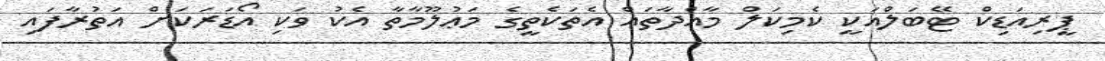
ޕީރިއަޑިކް ޓޭބަލްއަކީ ކެމިކަލް މާއްދާތައް އެތަކެތީގެ މަޢުލޫމާތާ އެކު ވަކި އޯޑަރަކަށް އަތުރާފައި